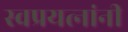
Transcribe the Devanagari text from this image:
स्वप्रयत्‍नांनी